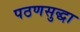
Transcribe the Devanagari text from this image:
पठणसुद्धा